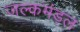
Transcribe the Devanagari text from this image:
जल्कमंड़ल